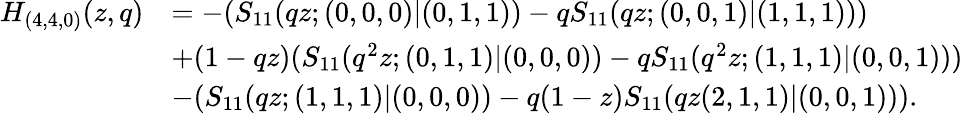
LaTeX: \begin{array}{rl}{H_{(4,4,0)}(z,q)}&{=-(S_{11}(qz;(0,0,0)|(0,1,1))-qS_{11}(qz;(0,0,1)|(1,1,1)))}\\ &{+(1-qz)(S_{11}(q^{2}z;(0,1,1)|(0,0,0))-qS_{11}(q^{2}z;(1,1,1)|(0,0,1)))}\\ &{-(S_{11}(qz;(1,1,1)|(0,0,0))-q(1-z)S_{11}(qz(2,1,1)|(0,0,1))).}\end{array}